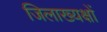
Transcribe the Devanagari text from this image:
जिलाख्यक्षों